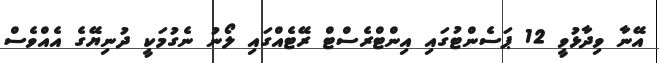
އޭނާ ވިދާޅުވީ 12 ޕަސެންޓުގައި އިންޓްރެސްޓް ރޭޓެއްގައި ލޯނު ނެގުމަކީ ދުނިޔޭގެ އެއްވެސް